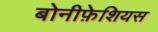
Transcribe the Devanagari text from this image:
बोनीफ़ेशियस